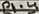
Text: P1.4